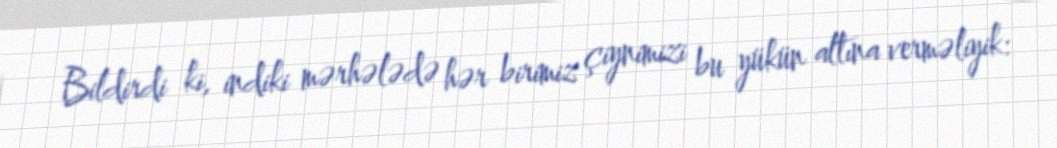
Bildirdi ki, indiki mərhələdə hər birimiz çiynimizi bu yükün altına verməliyik: